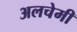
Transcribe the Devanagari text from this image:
अलचेमी